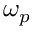
\omega _ { p }